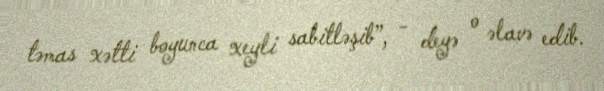
təmas xətti boyunca xeyli sabitləşib”, - deyə o əlavə edib.